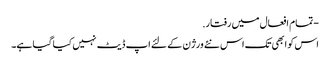
- تمام افعال میں رفتار.
اس کو ابھی تک اس نئے ورژن کے لئے اپ ڈیٹ نہیں کیا گیا ہے۔